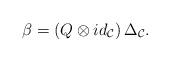
LaTeX: \begin{align*}\beta = ( Q \otimes id_{\mathcal{C}} ) \, \Delta_{\mathcal{C}}. \end{align*}